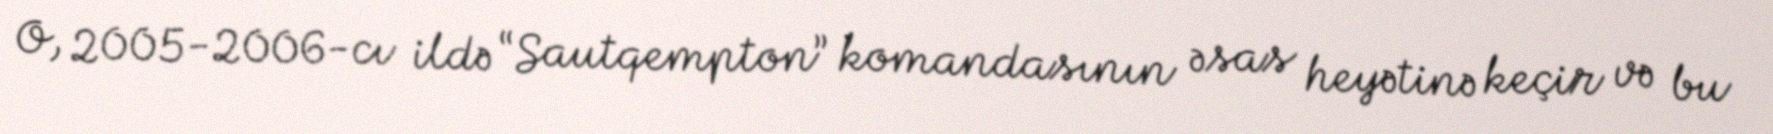
O, 2005-2006-cı ildə “Sautqempton” komandasının əsas heyətinə keçir və bu